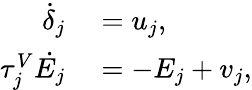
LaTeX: \begin{array}{rl}{\dot{\delta}_{j}}&{{}=u_{j},}\\ {\tau_{j}^{V}\dot{E_{j}}}&{{}=-E_{j}+v_{j},}\end{array}